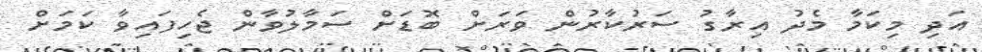
އަދި މިކަމާ މެދު އިރާގު ސަރުކާރުން ވަރަށް ބޮޑަށް ސަމާލުވާން ޖެހިފައިވާ ކަމަށް